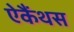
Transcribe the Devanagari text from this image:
ऐकैंथस